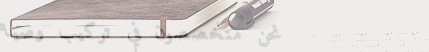
نحن متخصصون في تركيب وصيا